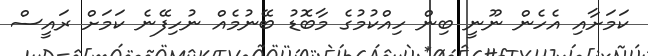
ކަމަށާއި އެހެން ނޫނީ ބިން ހިއްކުމުގެ މާބޮޑު ބޭނުމެއް ނުހިފޭނެ ކަމަށް ރައީސް